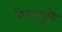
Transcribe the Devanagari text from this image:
बेटामुळे